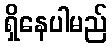
ရှိနေပါမည်